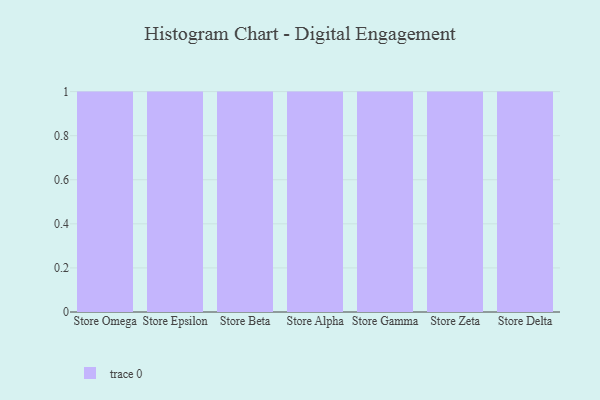
{"axis": {"x": "Store", "y": "LTV (USD)"}, "legend": [""], "data": [{"x": "Store Omega", "y": 31, "type": ""}, {"x": "Store Epsilon", "y": 95, "type": ""}, {"x": "Store Beta", "y": 96, "type": ""}, {"x": "Store Alpha", "y": 88, "type": ""}, {"x": "Store Gamma", "y": 71, "type": ""}, {"x": "Store Zeta", "y": 100, "type": ""}, {"x": "Store Delta", "y": 60, "type": ""}]}